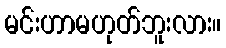
မင်းဟာမဟုတ်ဘူးလား။